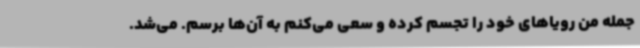
جمله من رویاهای خود را تجسم کرده و سعی می‌کنم به آن‌ها برسم. می‌شد.